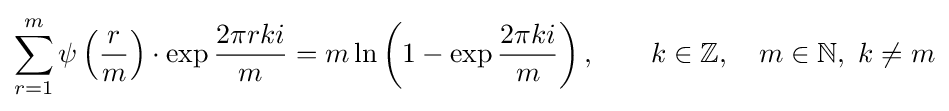
\sum _{r=1}^{m}\psi \left({\frac {r}{m}}\right)\cdot \exp {\dfrac {2\pi rki}{m}}=m\ln \left(1-\exp {\frac {2\pi ki}{m}}\right),\qquad k\in \mathbb {Z} ,\quad m\in \mathbb {N} ,\ k\neq m